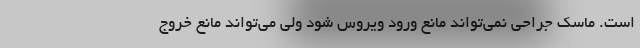
است. ماسک جراحی نمی‌تواند مانع ورود ویروس شود ولی می‌تواند مانع خروج